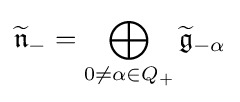
{\widetilde {\mathfrak {n}}}_{-}=\bigoplus _{0\neq \alpha \in Q_{+}}{\widetilde {\mathfrak {g}}}_{-\alpha }